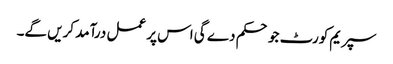
سپریم کورٹ جو حکم دے گی اس پر عمل درآمد کریں گے۔